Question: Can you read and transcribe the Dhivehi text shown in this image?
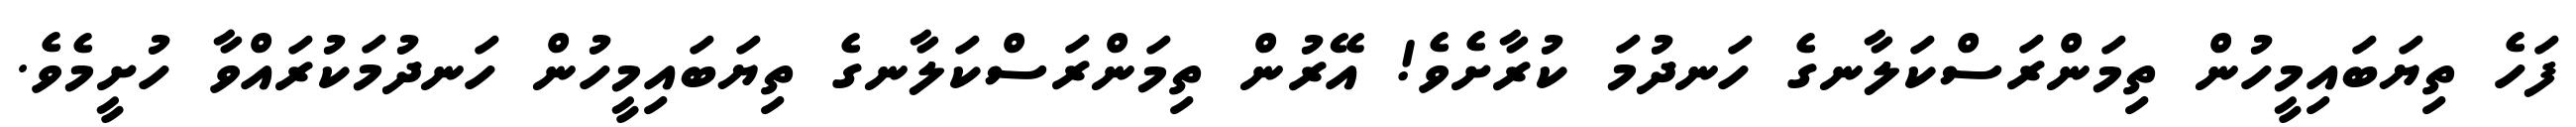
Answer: ފަހެ ތިޔަބައިމީހުން ތިމަންރަސްކަލާނގެ ހަނދުމަ ކުރާށެވެ! އޭރުން ތިމަންރަސްކަލާނގެ ތިޔަބައިމީހުން ހަނދުމަކުރައްވާ ހުށީމެވެ.